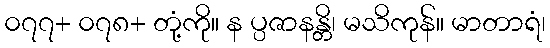
၀၇၇+ ၀၇၈+ တုံ့ကို။ န ပ္ပဇာနန္တိ၊ မသိကုန်။ မာတာရံ၊